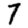
Digit: 7